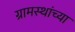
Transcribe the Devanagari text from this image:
ग्रामस्‍थांच्‍या